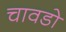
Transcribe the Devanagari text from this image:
चावडो